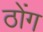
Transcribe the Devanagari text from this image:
ठोंग